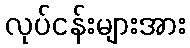
လုပ်ငန်းများအား